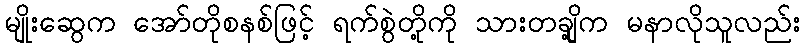
မျိုးဆွေက အော်တိုစနစ်ဖြင့် ရက်စွဲတို့ကို သားတချို့က မနာလိုသူလည်း